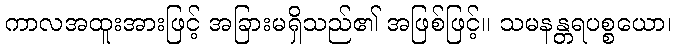
ကာလအထူးအားဖြင့် အခြားမရှိသည်၏ အဖြစ်ဖြင့်။ သမနန္တရပစ္စယော၊